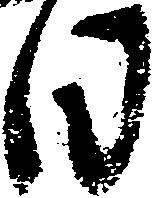
日